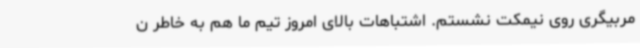
مربیگری روی نیمکت نشستم. اشتباهات بالای امروز تیم ما هم به خاطر ن